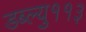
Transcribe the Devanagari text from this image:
डब्ल्यु११३